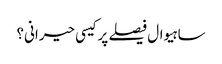
ساہیوال فیصلے پر کیسی حیرانی؟